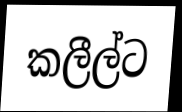
කලීල්ට